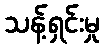
သန့်ရှင်းမှု